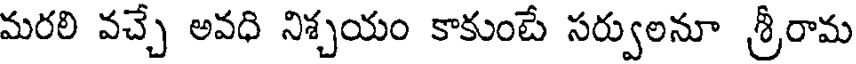
మరలి వచ్చే అవధి నిశ్చయం కాకుంటే సర్వులనూ శ్రీరామ